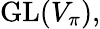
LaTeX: {\mathrm{GL}}(V_{\pi}),